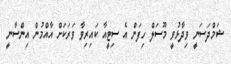
ޝަމްދަސަނީ ވިދާޅުވީ މޫސަލް ހިފަން އެ ސިޓީއާ ކައިރިވާ ވަރަކަށް އާއްމުން އިންސާނީ